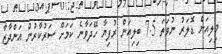
މިލިއަން ޑޮލަރު ނުވަތަ 7.5 ބިލިއަން ރުފިޔާ ހޭދަވާނެ ކަމަށް ސަރުކާރުން އަންދާޒާ